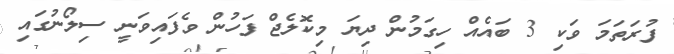
ފުރަތަމަ ވަކި 3 ބައެއް ހިގަމުން ދިޔަ މިކޮލެޖް ފަހުން ވެފައިވަނީ ސިލޯނުގައި